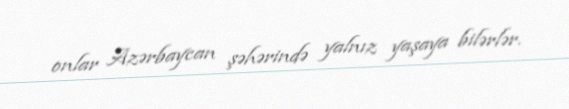
onlar Azərbaycan şəhərində yalnız yaşaya bilərlər.